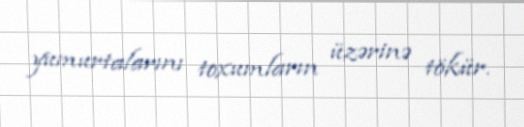
yumurtalarını toxumların üzərinə tökür.